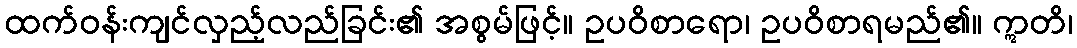
ထက်ဝန်းကျင်လှည့်လည်ခြင်း၏ အစွမ်ဖြင့်။ ဥပဝိစာရော၊ ဥပဝိစာရမည်၏။ ဣတိ၊